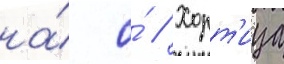
на́ о́ // Хорт'ица